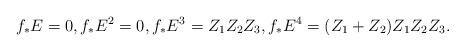
LaTeX: \begin{align*}f_* E=0, f_* E^2=0, f_*E^3= Z_1 Z_2 Z_3, f_* E^4=(Z_1+Z_2) Z_1 Z_2 Z_3.\end{align*}